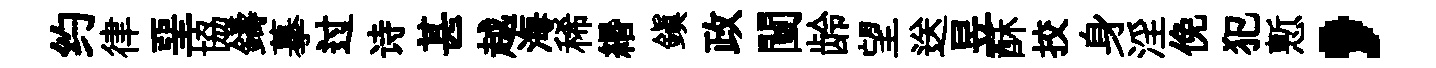
约律堊協鑄摹过诗甚越海稀緡鎭政闉龄望送昱酥挍身淫俛犯慙，